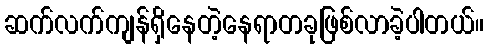
ဆက်လက်ကျန်ရှိနေတဲ့နေရာတခုဖြစ်လာခဲ့ပါတယ်။